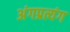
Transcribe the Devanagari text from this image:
अंगप्रत्यंग